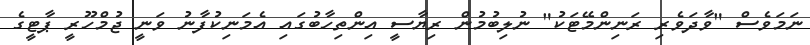
ނަމަވެސް "ވާދަވެރި ރަނިންމޭޓަކު" ނުލިބުމުން ރިޔާސީ އިންތިހާބުގައި އެމަނިކުފާނު ވަނީ ޖުމްހޫރީ ޕާޓީގެ